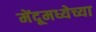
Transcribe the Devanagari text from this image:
मेंदूमध्येच्या